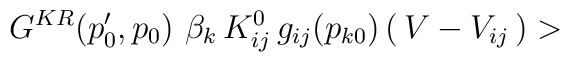
G^{KR}(p'_0,p_0)\,\,\beta_k\,K^0_{ij}\,g_{ij}(p_{k0})\,(\,V-V_{ij}\,)>